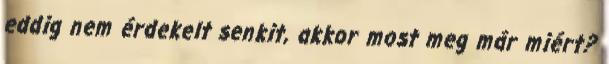
eddig nem érdekelt senkit, akkor most meg már miért?